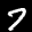
Label: 7